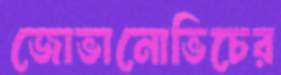
জোভানোভিচের